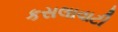
કસલાવાટી